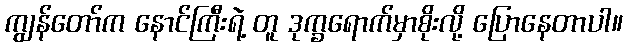
ကျွန်တော်က နောင်ကြီးရဲ့ တူ ဒုက္ခရောက်မှာစိုးလို့ ပြောနေတာပါ။